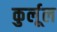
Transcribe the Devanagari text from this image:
कुर्लूल